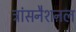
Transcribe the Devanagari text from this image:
ट्रांसनैशनल